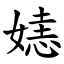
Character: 㜇